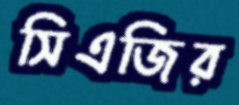
সিএজির